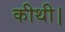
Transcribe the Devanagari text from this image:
कीथी।